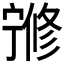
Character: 𡪇